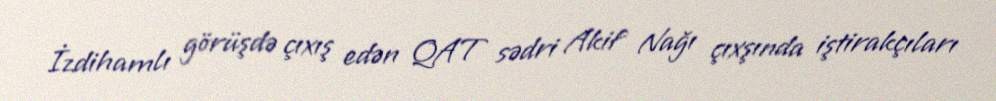
İzdihamlı görüşdə çıxış edən QAT sədri Akif Nağı çıxşında iştirakçıları